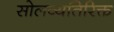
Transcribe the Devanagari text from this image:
सोलव्यतिरिक्त